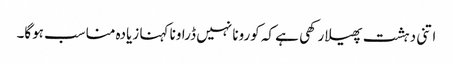
اتنی دہشت پھیلا رکھی ہے کہ کورونا نہیں ڈراونا کہنا زیادہ مناسب ہوگا۔